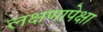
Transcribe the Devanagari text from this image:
लक्षणापेक्षा